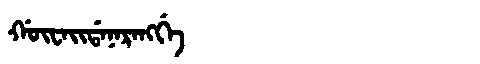
Manchu: ᡤᡡᠸᠠᡳᡩᠠᠨᠠᡵᠠᠩᡤᡝ
Romanization: GŪWAIDANARANGGE